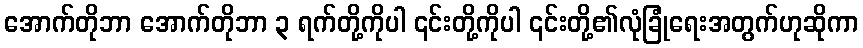
အောက်တိုဘာ အောက်တိုဘာ ၃ ရက်တို့ကိုပါ ၎င်းတို့ကိုပါ ၎င်းတို့၏လုံခြုံရေးအတွက်ဟုဆိုကာ